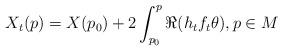
LaTeX: \begin{align*}X_t(p) = X(p_0)+2\int_{p_0}^p \Re(h_tf_t\theta),p\in M\end{align*}